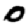
Digit: 0